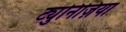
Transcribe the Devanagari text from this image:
ट्युनिज़िया